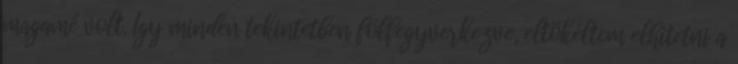
magamé volt. Így minden tekintetben fölfegyverkezve, eltökéltem elhitetni a